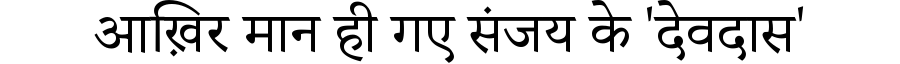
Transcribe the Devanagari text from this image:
आख़िर मान ही गए संजय के 'देवदास'